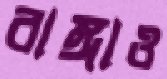
রাঙ্গাও